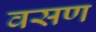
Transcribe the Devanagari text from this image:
वसण